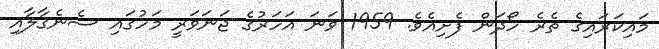
މައިކަރައިގެ ތެރެ ހޯދަން ފެށިއެވެ. 1959 ވަނަ އަހަރުގެ ޖަނަވަރީ މަހުގައި ސެނެގާލާއި